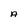
Character: A